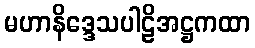
မဟာနိဒ္ဒေသပါဠိအဋ္ဌကထာ